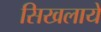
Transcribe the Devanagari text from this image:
सिखलायें